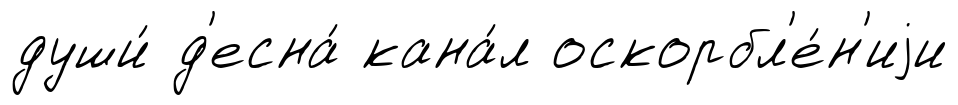
души́ д'есна́ кана́л оскорбл'е́н'иjи